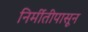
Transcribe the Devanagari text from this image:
निर्मीतीपासून